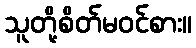
သူတို့စိတ်မဝင်စား။